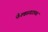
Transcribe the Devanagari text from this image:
फेल्डस्पारच्या